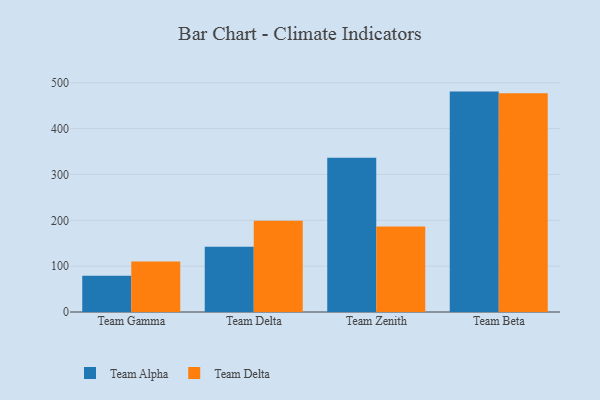
{"axis": {"x": "Team", "y": "Page Views"}, "legend": ["Team Alpha", "Team Delta"], "data": [{"x": "Team Gamma", "y": 79.0, "type": "Team Alpha"}, {"x": "Team Gamma", "y": 110.4, "type": "Team Delta"}, {"x": "Team Delta", "y": 142.3, "type": "Team Alpha"}, {"x": "Team Delta", "y": 199.2, "type": "Team Delta"}, {"x": "Team Zenith", "y": 336.2, "type": "Team Alpha"}, {"x": "Team Zenith", "y": 186.3, "type": "Team Delta"}, {"x": "Team Beta", "y": 480.7, "type": "Team Alpha"}, {"x": "Team Beta", "y": 477.2, "type": "Team Delta"}]}